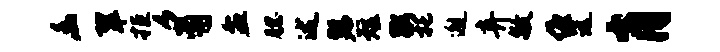
幽翠拒豸盆腮述瑟短粥托邂弃敏缠远肖